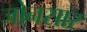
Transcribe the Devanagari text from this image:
जोनसार